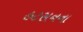
હટસનના